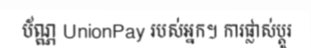
ប័ណ្ណ UnionPay របស់អ្នក។ ការផ្លាស់ប្តូរ